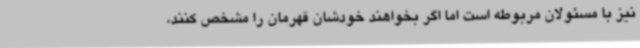
نیز با مسئولان مربوطه است اما اگر بخواهند خودشان قهرمان را مشخص کنند،